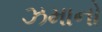
ઝમાનો